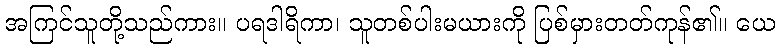
အကြင်သူတို့သည်ကား။ ပရဒါရိကာ၊ သူတစ်ပါးမယားကို ပြစ်မှားတတ်ကုန်၏။ ယေ